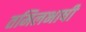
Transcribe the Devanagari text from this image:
तमिलभाषी